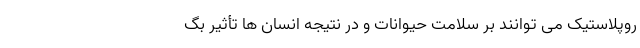
روپلاستیک می توانند بر سلامت حیوانات و در نتیجه انسان ها تأثیر بگ